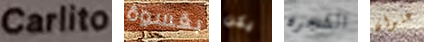
Carlito بقسوة يكن الشجره عنوان